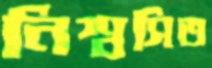
নিশ্বসিত